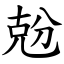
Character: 兝